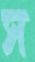
স